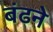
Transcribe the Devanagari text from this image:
बंढने